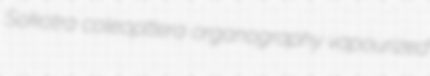
Sokotra coleopttera organography vapourized